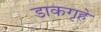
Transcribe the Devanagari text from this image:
डाकगृहे